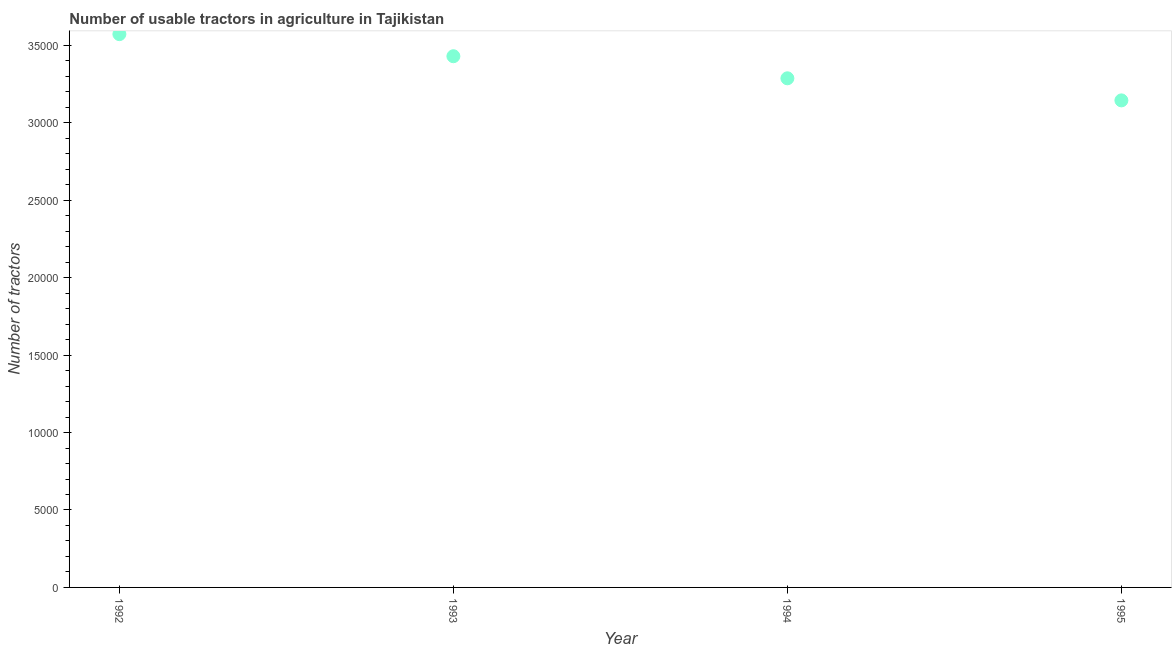
| Year | Agricultural machinery |
 | --- | --- |
 | 1992 | 3.57e+04 |
 | 1993 | 3.43e+04 |
 | 1994 | 3.29e+04 |
 | 1995 | 3.14e+04 |